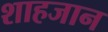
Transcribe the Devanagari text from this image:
शाहजान